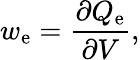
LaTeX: w_{\mathrm{e}}={\frac{\partial Q_{\mathrm{e}}}{\partial V}},